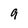
Character: 9